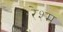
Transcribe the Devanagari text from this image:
रेश्म